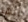
أنها